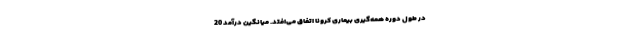
در طول دوره همه‌گیری بیماری کرونا اتفاق می‌افتد. میانگین درآمد 20